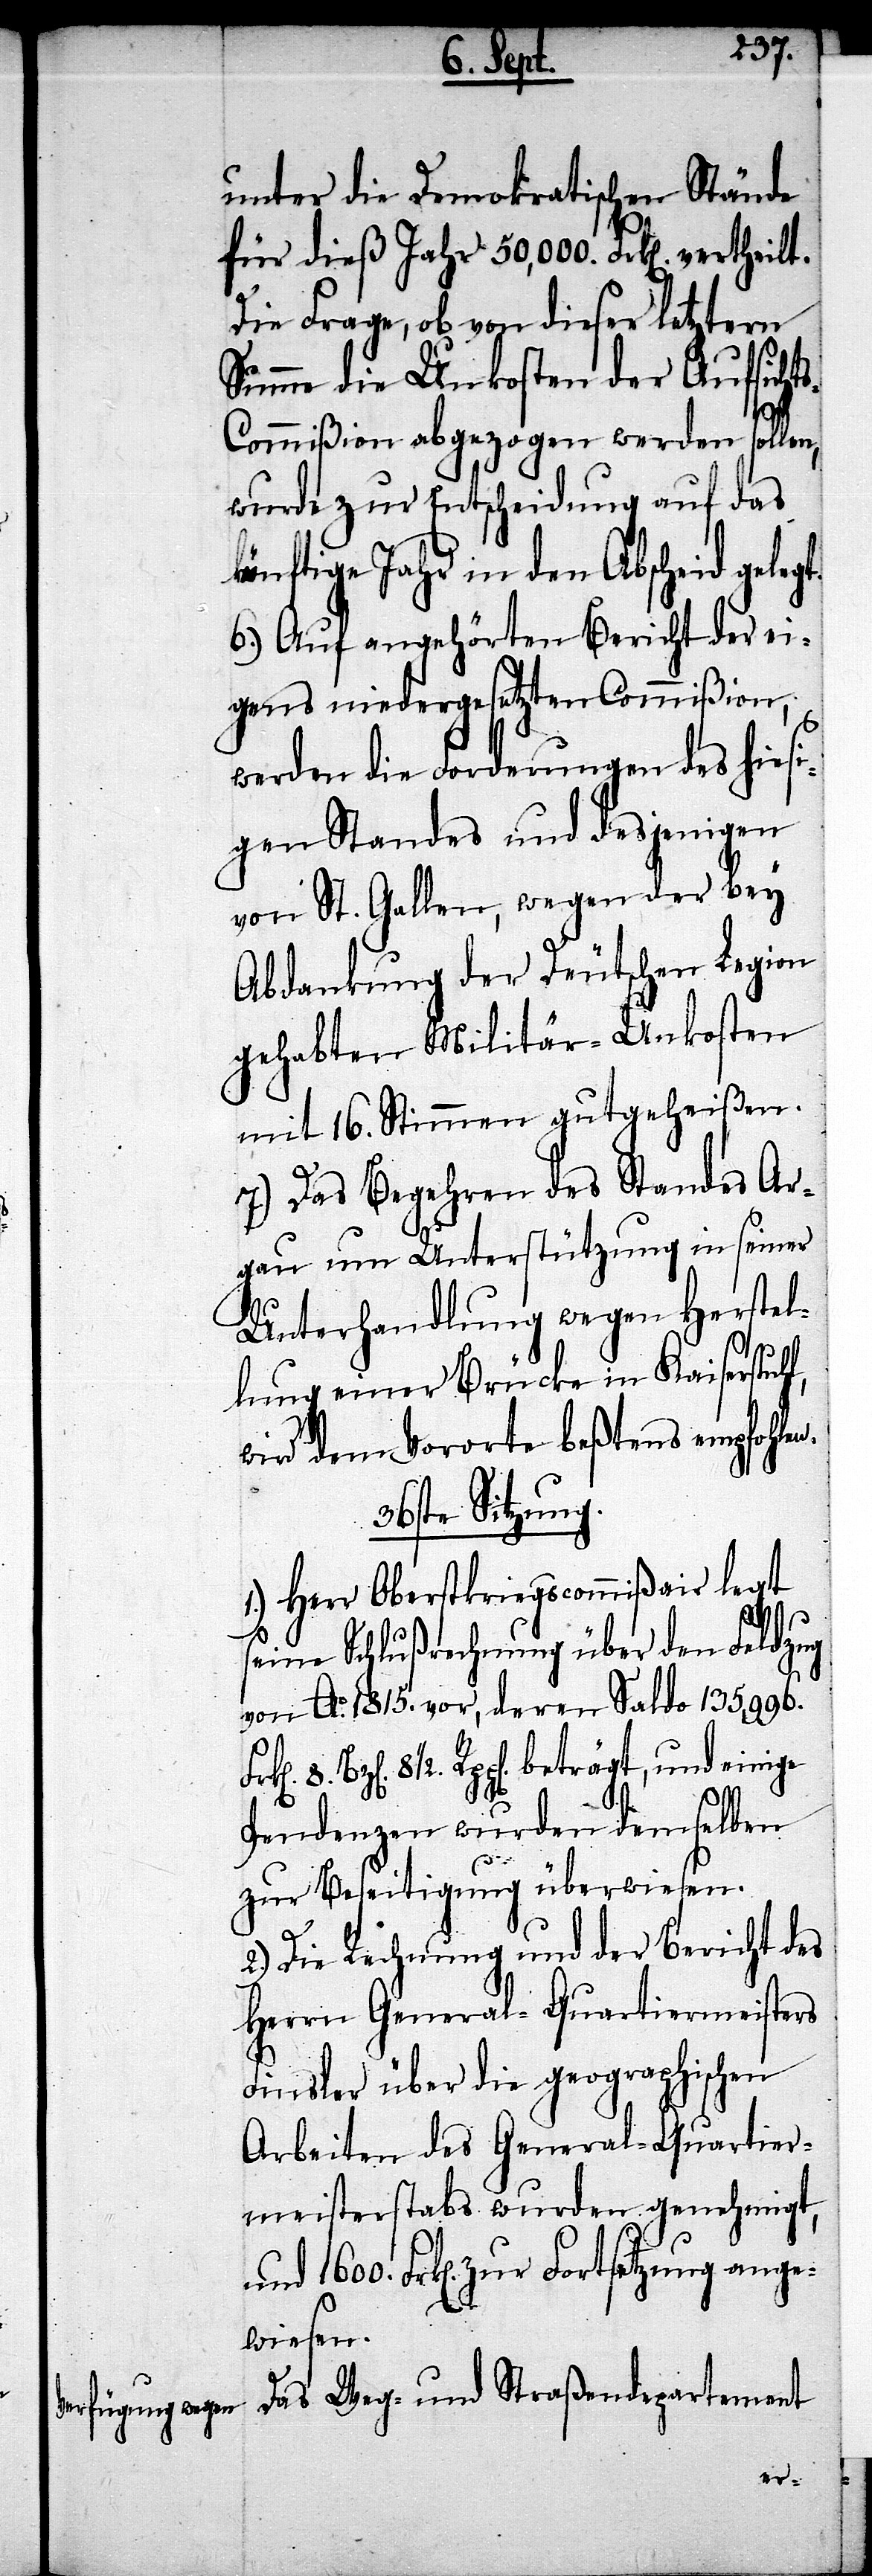
unter die Demokratischen Stände
für dieß Jahr 50,000. Frk[en]. vertheilt.
Die Frage, ob von dieser letztern
Summe die Unkosten der Aufsicht¬
s-Commißion abgezogen werden sollen,
wurde zur Entscheidung auf das
künftige Jahr in den Abscheid geleg¬
6.) Auf angehörten Bericht der ei¬
gens niedergesetzten Commißion,
werden die Forderungen des hiesi¬
gen Standes und desjenigen
von St. Gallen, wegen der bey
Abdankung der Deutschen Legion
gehabten Militär-Unkosten
mit 16. Stimmen gutgeheißen.
7.) Das Begehren des Standes Ar¬
gau um Unterstützung in seiner
Unterhandlung wegen Herstel¬
lung einer Brücke in Kaiserstuhl,
wird dem Vororte beßtens empfohlen.
36ste Sitzung.
1.) Herr Oberstkriegscommißair legt
seine Schlußrechnung über den Feldzug
von Ao. 1815. vor, deren Saldo 135996.
½. Rpp[en]. beträgt, und einige
Pendenzen wurden demselben
zur Beseitigung überwiesen.
2.) Die Rechnung und der Bericht des
Herrn General-Quartiermeisters
Finsler über die geographischen
Arbeiten des General-Quartier¬
meisterstabs wurden genehmigt,
Frk[en]. zur Fortsetzung ange¬
wiesen.
Das Weg- und Straßendepartement
t.